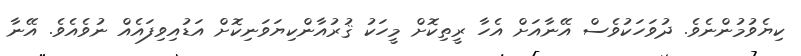
ކިޔެވުމުންނެވެ. ދުވަހަކުވެސް އޭނާއަށް އެހާ ރީތިކޮށް މީހަކު ޤުރުއާންކިޔަވަނިކޮށް އަޑުއިވިފައެއް ނުވެއެވެ. އޭނާ